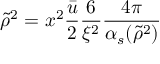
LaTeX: \tilde { \rho } ^ { 2 } = x ^ { 2 } \frac { \bar { u } } { 2 } \frac { 6 } { \xi ^ { 2 } } \frac { 4 \pi } { \alpha _ { s } ( \tilde { \rho } ^ { 2 } ) }